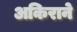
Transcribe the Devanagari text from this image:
अकिराने